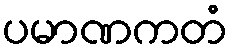
ပမာဏကတံ